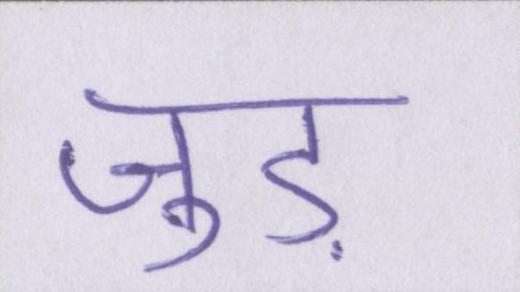
जुड़